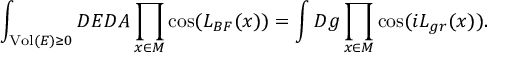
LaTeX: \int _ { \mathrm { V o l } ( E ) \geq 0 } { \cal D } E { \cal D } A \prod _ { x \in \cal M } \cos ( { \cal L } _ { B F } ( x ) ) = \int { \cal D } g \prod _ { x \in \cal M } \cos ( i { \cal L } _ { g r } ( x ) ) .